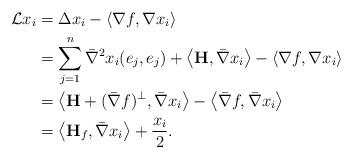
LaTeX: \begin{align*}\mathcal{L}x_i&=\Delta x_i-\left<\nabla f, \nabla x_i\right>\\&=\sum_{j=1}^n\bar{\nabla}^2x_i(e_j,e_j)+\left<{\bf H}, \bar{\nabla} x_i\right>-\left<\nabla f, \nabla x_i\right>\\&=\left<{\bf H}+(\bar{\nabla}f)^{\perp}, \bar{\nabla} x_i\right>-\left<\bar{\nabla}f, \bar{\nabla}x_i\right>\\&=\left<{\bf H}_f, \bar{\nabla} x_i\right>+\dfrac{x_i}{2}.\\\end{align*}